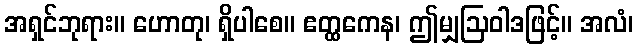
အရှင်ဘုရား။ ဟောတု၊ ရှိပါစေ။ ဧတ္ထကေန၊ ဤမျှဩဝါဒဖြင့်။ အလံ၊